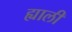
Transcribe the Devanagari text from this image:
ह्याली